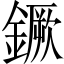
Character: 鐝